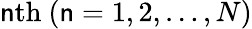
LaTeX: \mathsf{n}\mathrm{{th}}~(\mathsf{n}=1,2,\ldots,N)